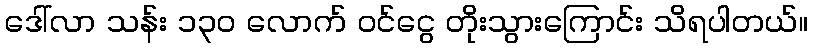
ဒေါ်လာ သန်း ၁၃၀ လောက် ဝင်ငွေ တိုးသွားကြောင်း သိရပါတယ်။